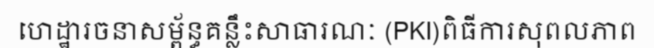
ហេដ្ឋារចនាសម្ព័ន្ធគន្លឹះសាធារណៈ (PKI)ពិធីការសុពលភាព